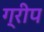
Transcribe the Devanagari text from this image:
ग्रीप